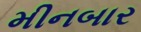
મીનબાર